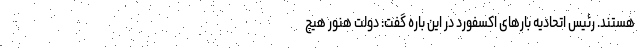
هستند. رئیس اتحادیه بارهای اکسفورد در این باره گفت: دولت هنور هیچ